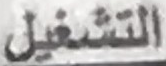
التشغيل